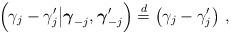
LaTeX: \begin{align*} \Big(\gamma_j-\gamma'_j\big|\boldsymbol{\gamma}_{-j},\boldsymbol{\gamma}'_{-j}\Big)\overset{d}{=}\big(\gamma_j-\gamma_j'\big)\ , \end{align*}